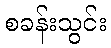
စခန်းသွင်း